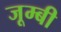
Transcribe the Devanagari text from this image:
जूम्बी